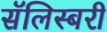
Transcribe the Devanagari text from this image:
सॅलिस्बरी